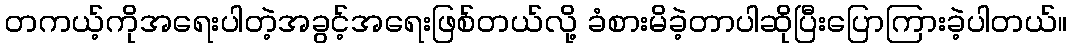
တကယ့်ကိုအရေးပါတဲ့အခွင့်အရေးဖြစ်တယ်လို့ ခံစားမိခဲ့တာပါဆိုပြီးပြောကြားခဲ့ပါတယ်။